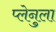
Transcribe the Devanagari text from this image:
प्लेनुला